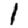
Digit: 1